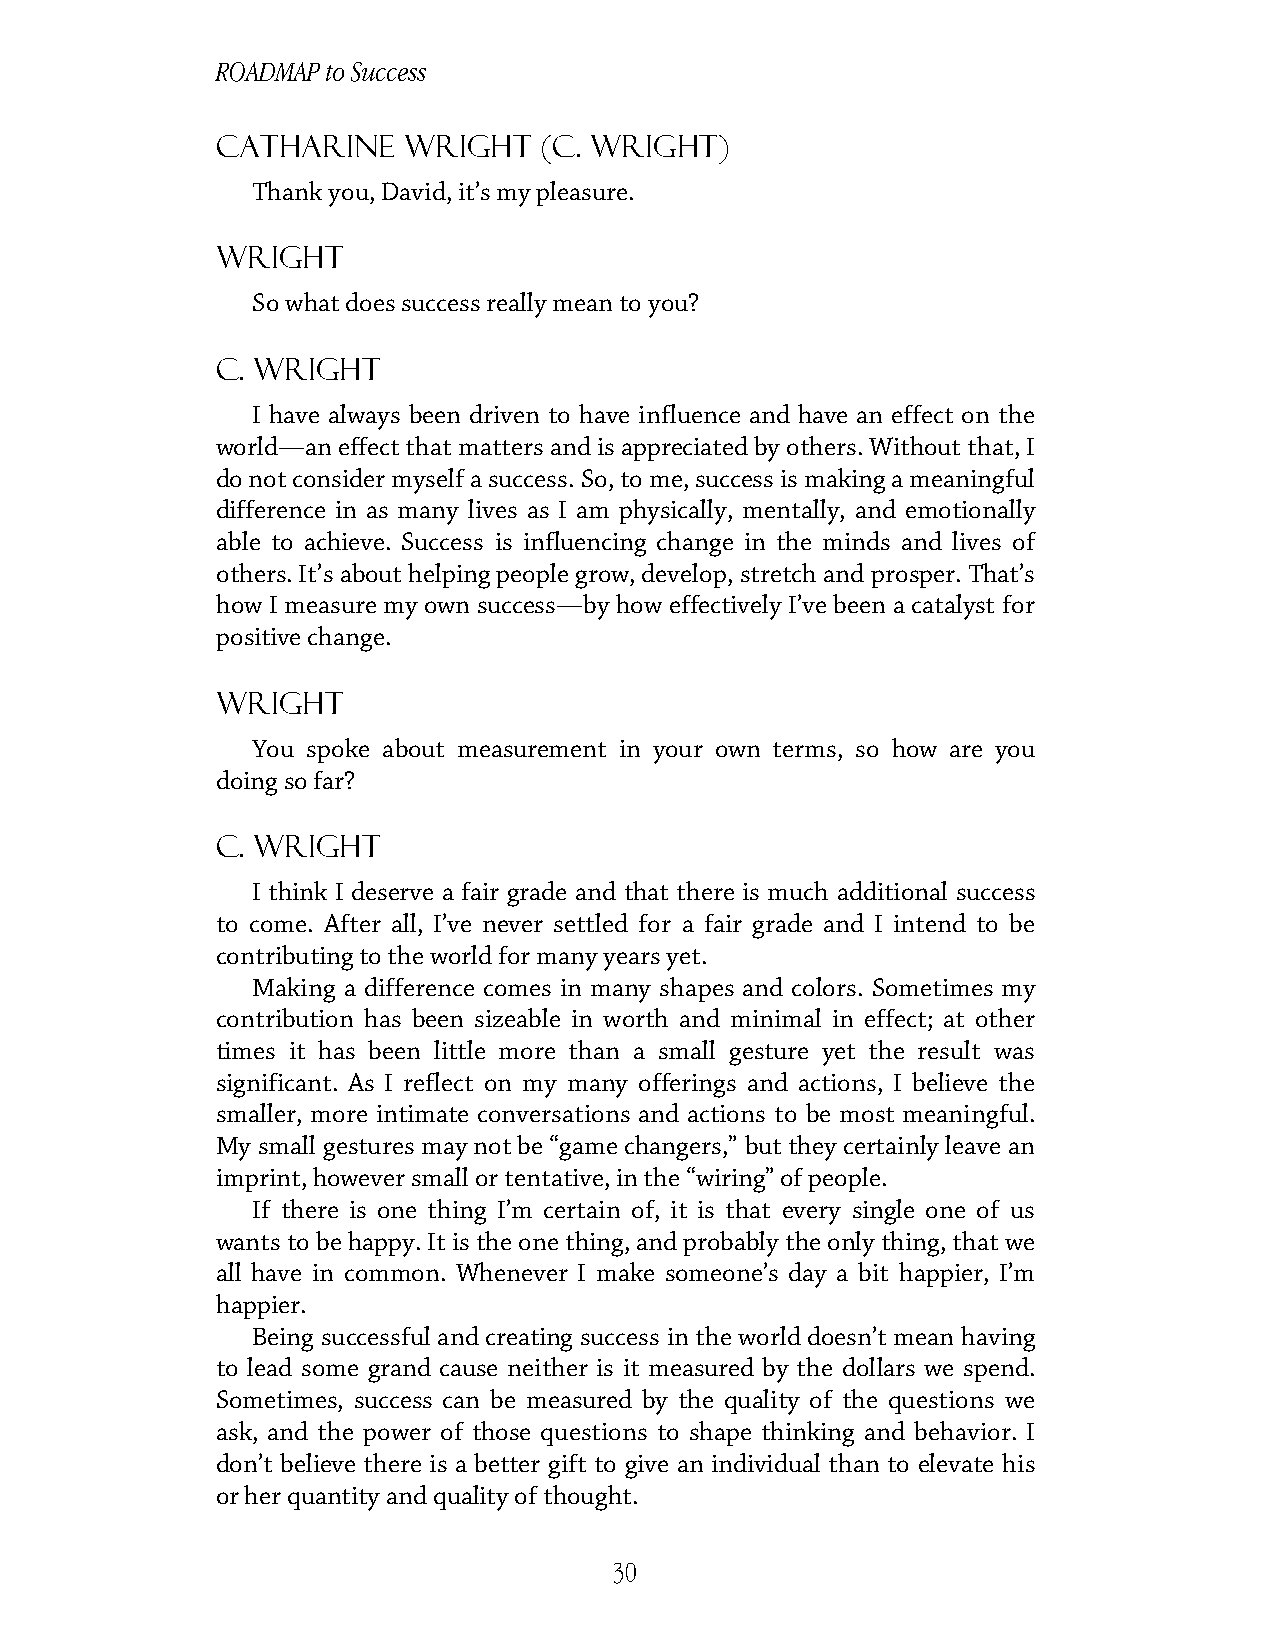
ROADMAP to Success
 Catharine    Wright   (C. Wright)
 Thank you, David, it’s my pleasure.
 Wright
 So what does success really mean to you?
 C. Wright
 I have always been driven to have influence and have an effect on the
 world—an effect that matters and is appreciated by others. Without that, I
 do not consider myself a success. So, to me, success is making a meaningful
 difference in as many lives as I am physically, mentally, and emotionally
 able to achieve. Success is influencing change in the minds and lives of
 others. It’s about helping people grow, develop, stretch and prosper. That’s
 how I measure my own success—by how effectively I’ve been a catalyst for
 positive change.
 Wright
 You spoke about measurement in your own terms, so how are you
 doing so far?
 C. Wright
 I think I deserve a fair grade and that there is much additional success
 to come. After all, I’ve never settled for a fair grade and I intend to be
 contributing to the world for many years yet.
 Making a difference comes in many shapes and colors. Sometimes my
 contribution has been sizeable in worth and minimal in effect; at other
 times it has been little more than a small gesture yet the result was
 significant. As I reflect on my many offerings and actions, I believe the
 smaller, more intimate conversations and actions to be most meaningful.
 My small gestures may not be “game changers,” but they certainly leave an
 imprint, however small or tentative, in the “wiring” of people.
 If there is one thing I’m certain of, it is that every single one of us
 wants to be happy. It is the one thing, and probably the only thing, that we
 all have in common. Whenever I make someone’s day a bit happier, I’m
 happier.
 Being successful and creating success in the world doesn’t mean having
 to lead some grand cause neither is it measured by the dollars we spend.
 Sometimes, success can be measured by the quality of the questions we
 ask, and the power of those questions to shape thinking and behavior. I
 don’t believe there is a better gift to give an individual than to elevate his
 or her quantity and quality of thought.
 30